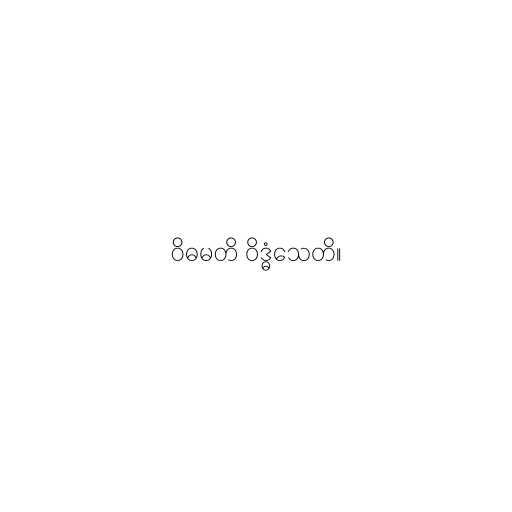
ဝိဓမတိ ဝိဒ္ဓံသေတိ။